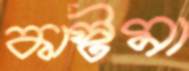
কাস্টমা